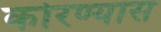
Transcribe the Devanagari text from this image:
कोरण्यास